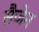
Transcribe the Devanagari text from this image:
सैजेन